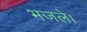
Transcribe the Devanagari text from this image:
भजले।